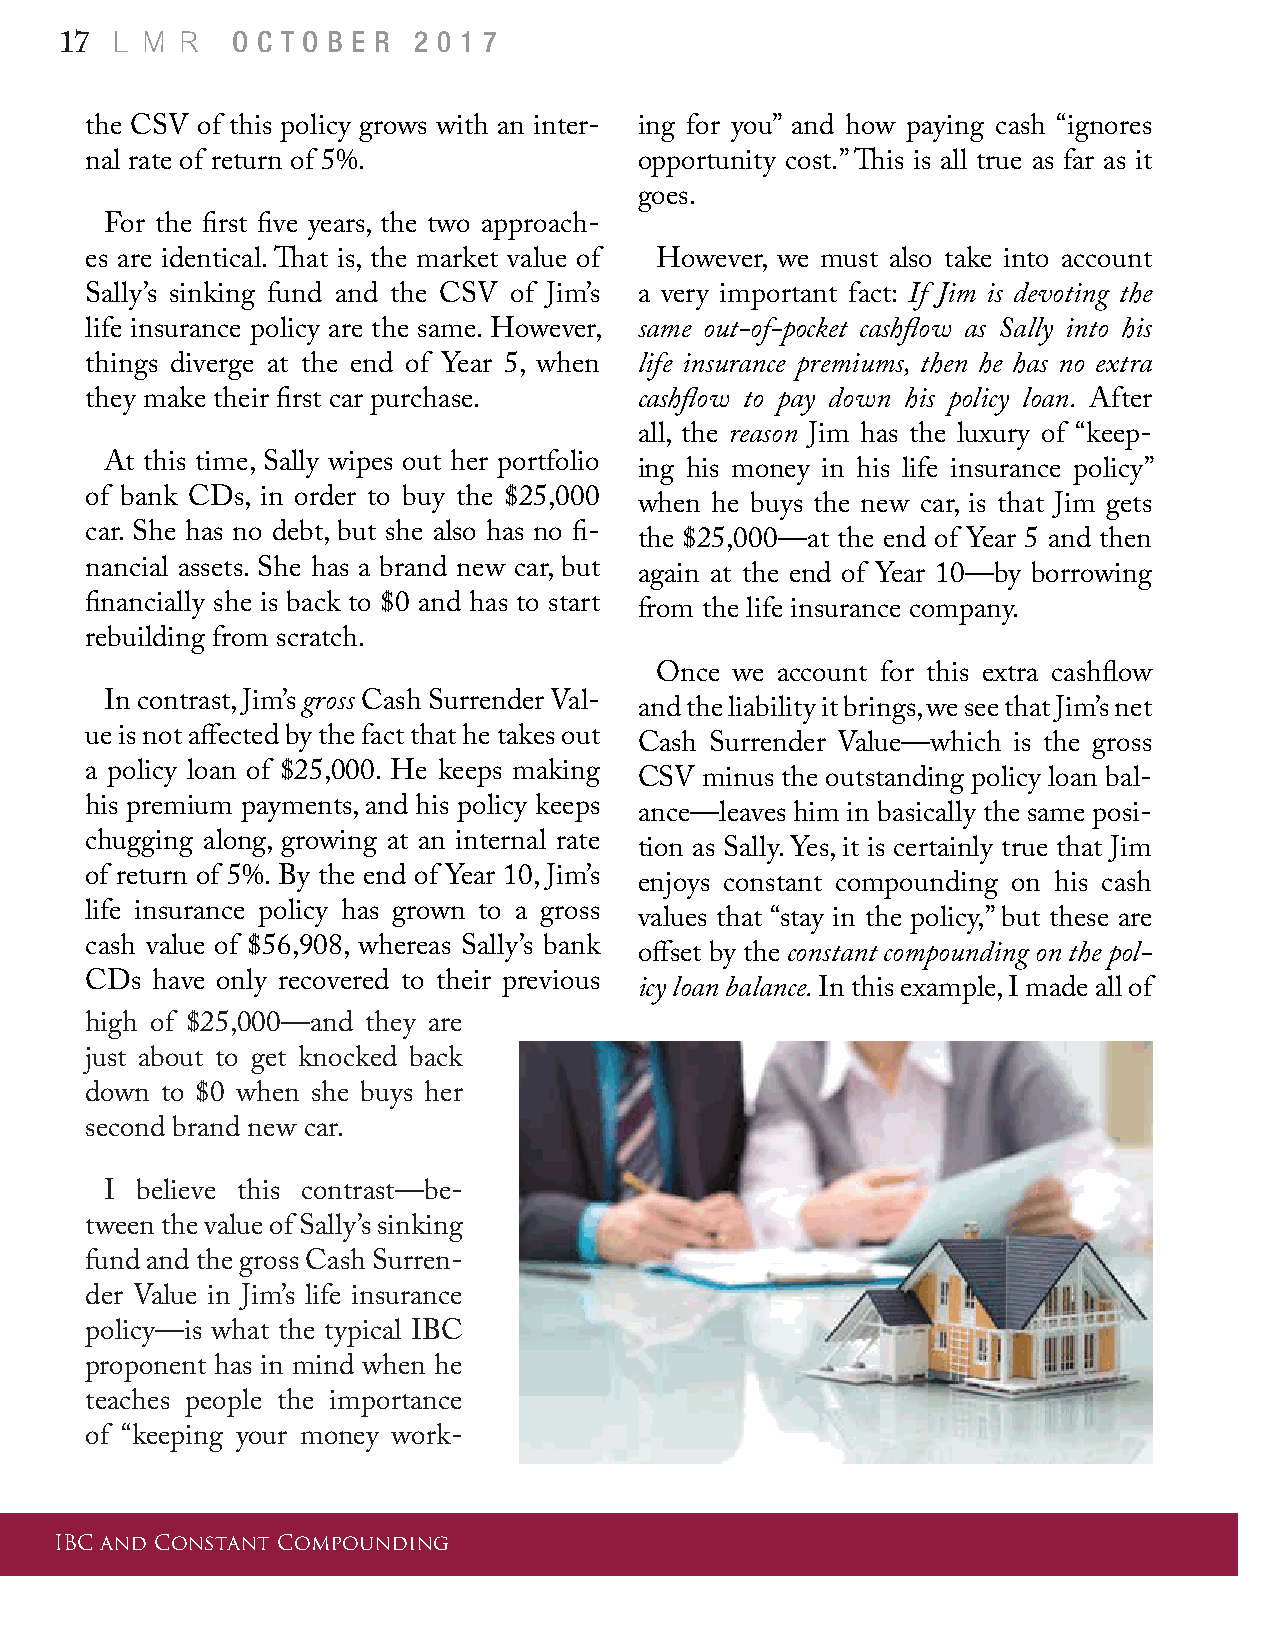
L M  R
 17         O C T O B E R 2 0 1 7
 the CSV of this policy grows with an inter- ing for you” and how paying cash “ignores
 nal rate of return of 5%.           opportunity cost.” This is all true as far as it
 goes.
 For the first five years, the two approach-
 es are identical. That is, the market value of However, we must also take into account
 Sally’s sinking fund and the CSV of Jim’s a very important fact: If Jim is devoting the
 life insurance policy are the same. However, same out-of-pocket cashflow as Sally into his
 things diverge at the end of Year 5, when life insurance premiums, then he has no extra
 they make their first car purchase. cashflow to pay down his policy loan. After
 all, the reason Jim has the luxury of “keep-
 At this time, Sally wipes out her portfolio
 ing his money in his life insurance policy”
 of bank CDs, in order to buy the $25,000
 when he buys the new car, is that Jim gets
 car. She has no debt, but she also has no fi-
 the $25,000—at the end of Year 5 and then
 nancial assets. She has a brand new car, but
 again at the end of Year 10—by borrowing
 financially she is back to $0 and has to start
 from the life insurance company.
 rebuilding from scratch.
 Once  we account for this extra cashflow
 In contrast, Jim’s gross Cash Surrender Val- and the liability it brings, we see that Jim’s net
 ue is not affected by the fact that he takes out
 Cash Surrender Value—which is the gross
 a policy loan of $25,000. He keeps making
 CSV  minus the outstanding policy loan bal-
 his premium payments, and his policy keeps
 ance—leaves him in basically the same posi-
 chugging along, growing at an internal rate
 tion as Sally. Yes, it is certainly true that Jim
 of return of 5%. By the end of Year 10, Jim’s
 enjoys constant compounding on his cash
 life insurance policy has grown to a gross
 values that “stay in the policy,” but these are
 cash value of $56,908, whereas Sally’s bank
 offset by the constant compounding on the pol-
 CDs have only recovered to their previous
 icy loan balance. In this example, I made all of
 high of $25,000—and they are
 just about to get knocked back
 down to $0 when she buys her
 second brand new car.
 I believe this contrast—be-
 tween the value of Sally’s sinking
 fund and the gross Cash Surren-
 der Value in Jim’s life insurance
 policy—is what the typical IBC
 proponent has in mind when he
 teaches people the importance
 of “keeping your money work-
 IBC and Constant Compounding